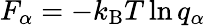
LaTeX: F_{\alpha}=-k_{\mathrm{B}}T\ln q_{\alpha}